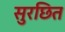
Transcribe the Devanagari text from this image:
सुरछित